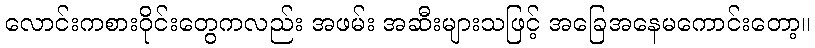
လောင်းကစားဝိုင်းတွေကလည်း အဖမ်း အဆီးများသဖြင့် အခြေအနေမကောင်းတော့။